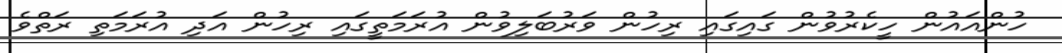
ހުންއައުން ހީކެރުވުން ގައިގައި ރިހުން ވަރުބަލިވުން އުރަމަތީގައި ރިހުން އަދި އުރަމަތި ރަތްވެ